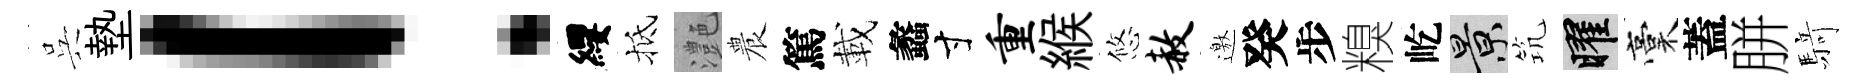
呉墊！纓抵灔農篤載蠡寸重緱悠赦邀癸步糗屹景𥬑曜稾蓋胼𮪍